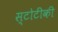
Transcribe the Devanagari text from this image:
स्टोटींकी